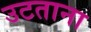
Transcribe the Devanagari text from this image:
उटताना